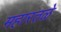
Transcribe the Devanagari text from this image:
महारतळे